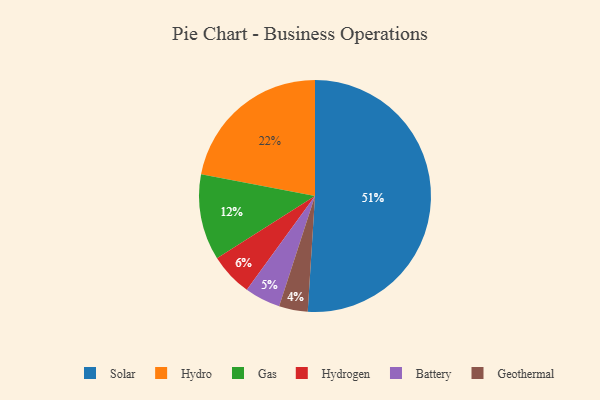
{"axis": {"x": "Category", "y": "Percentage"}, "legend": ["Battery", "Gas", "Geothermal", "Hydro", "Hydrogen", "Solar"], "data": [{"x": "Geothermal", "y": 4, "type": "Geothermal"}, {"x": "Gas", "y": 12, "type": "Gas"}, {"x": "Battery", "y": 5, "type": "Battery"}, {"x": "Solar", "y": 51, "type": "Solar"}, {"x": "Hydrogen", "y": 6, "type": "Hydrogen"}, {"x": "Hydro", "y": 22, "type": "Hydro"}]}